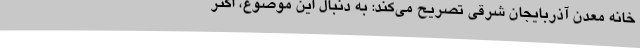
خانه معدن آذربایجان‌ شرقی تصریح می‌کند: به دنبال این موضوع، اکثر